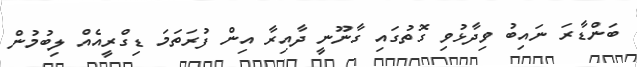
ބަންޑާރަ ނައިބު ވިދާޅުވި ގޮތުގައި ގާނޫނީ ދާއިރާ އިން ފުރަތަމަ ޑިގްރީއެއް ލިބުމުން